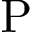
\mathrm { P }